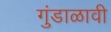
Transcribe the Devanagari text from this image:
गुंडाळावी